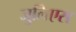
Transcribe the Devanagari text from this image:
जुलिएस